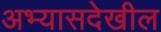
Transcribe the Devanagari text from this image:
अभ्यासदेखील